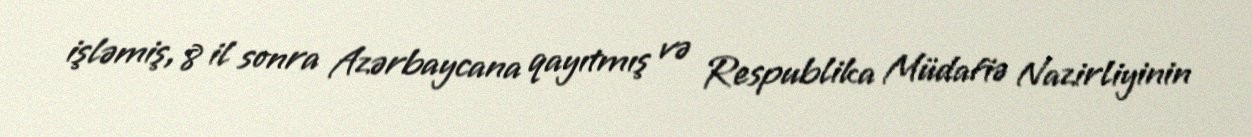
işləmiş, 8 il sonra Azərbaycana qayıtmış və Respublika Müdafiə Nazirliyinin